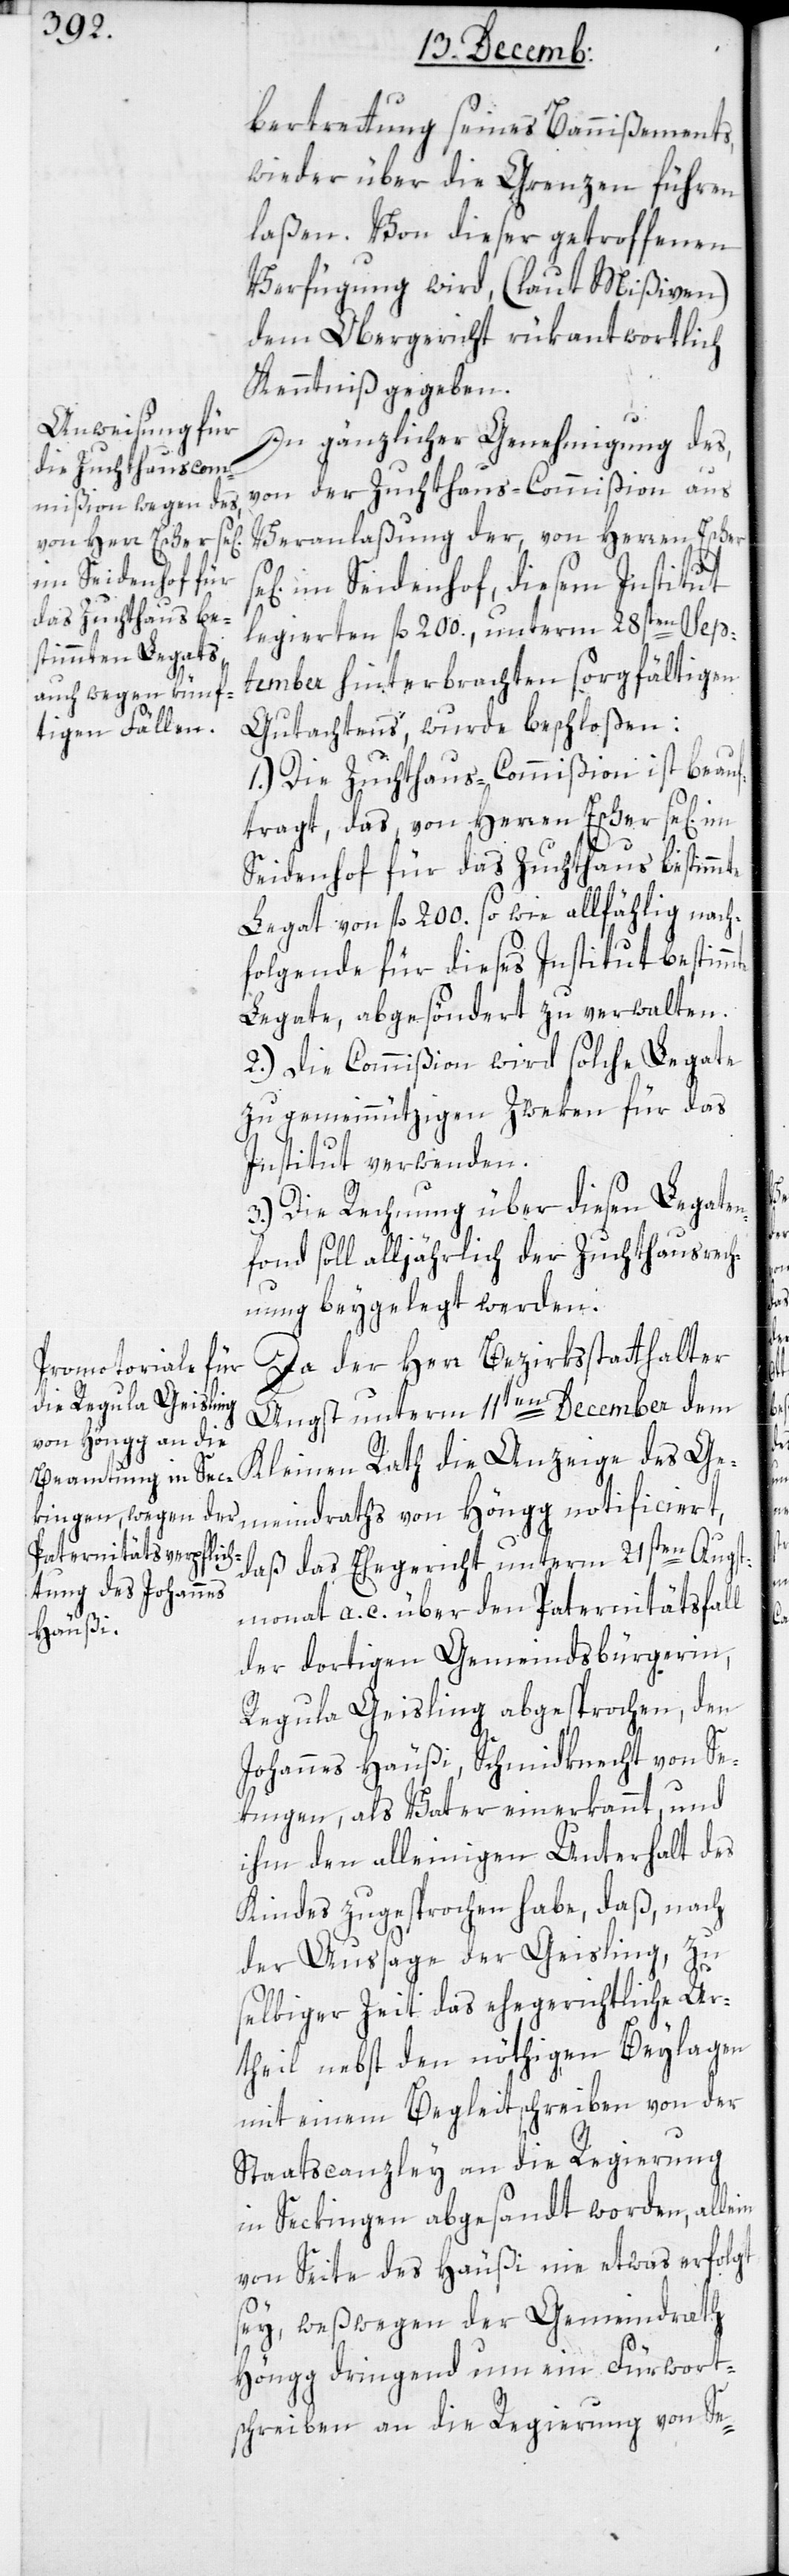
bertretung seines Bannißements,
wieder über die Grenzen führen
laßen. Von dieser getroffenen
Verfügung wird, (laut Mißiven)
dem Obergericht rükantwortlich
Kenntniß gegeben.
In gänzlicher Genehmigung des,
von der Zuchthauscommißion aus
Veranlaßung der, von Herren Escher
im Seidenhof, diesem Institut
legierten fl. 200., unterm 28ten Sep¬
meindraths
tember hinterbrachten sorgfältigen
Gutachtens, wurde beschloßen:
1.) Die Zuchthaus-Commißion ist beauf¬
tragt, das von Herren Escher sel[ig]
Seidenhof für das Zuchthaus bestimmte
Legat von fl. 200. sowie allfählig nach¬
folgende für dieses Institut bestimmte
Legate, abgesöndert zu verwalten.
2.) Die Commißion wird solche Legate
zu gemeinnützigen Zweken für das
Institut verwenden.
3.) Die Rechnung über diesen Legaten¬
fonds soll alljährlich der Zuchthausrech¬
nung beygelegt werden.
Da der Herr Bezirksstatthalter
Angst unterm 11ten December dem
Kleinen Rath die Anzeige des Ge¬
daß das Ehegericht unterm 21sten Augst¬
monat a. c. über den Paternitätsfall
der dortigen Gemeindsbürgerin,
Regula Geisling abgesprochen, den
Johannes Häußi, Schmidknecht von Se¬
kingen, als Vater einerkannt, und
ihm den alleinigen Unterhalt des
Kindes zugesprochen habe, daß, nach
der Aussage der Geisling, zu
selbiger Zeit das ehegerichtliche Ur¬
theil nebst den nöthigen Beylagen
mit einem Begleitschreiben von der
Staatscanzley an die Regierung
in Seckingen abgesandt worden, allein
von Seite des Häußi nie etwas erfolgt
sey, weßwegen der Gemeindrath
Höngg dringend um ein Fürwort¬
schreiben an die Regierung von